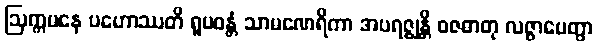
ဩက္ကမနေ ပဟောဿတိ ရူပဝန္တံ သာမဏေရိကာ အပရဇ္ဈန္တိ ဝဇဓာတု လဇ္ဇာပေတွာ